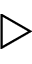
\triangleright